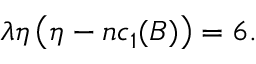
\lambda \eta \left( \eta - n c _ { 1 } ( B ) \right) = 6 .